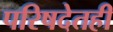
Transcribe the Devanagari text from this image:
परिषदेतही